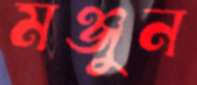
মঞ্জুন